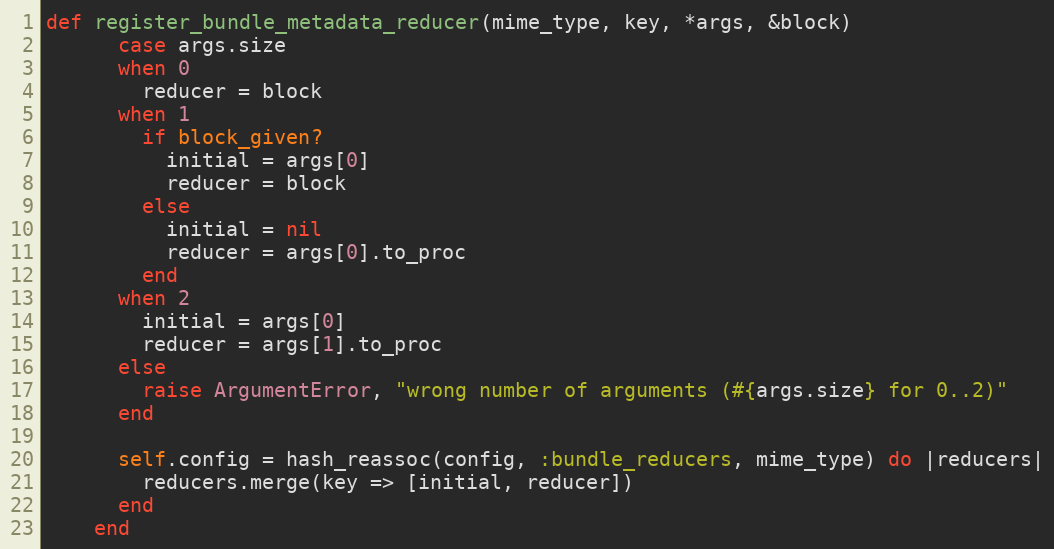
Language: Ruby
def register_bundle_metadata_reducer(mime_type, key, *args, &block)
      case args.size
      when 0
        reducer = block
      when 1
        if block_given?
          initial = args[0]
          reducer = block
        else
          initial = nil
          reducer = args[0].to_proc
        end
      when 2
        initial = args[0]
        reducer = args[1].to_proc
      else
        raise ArgumentError, "wrong number of arguments (#{args.size} for 0..2)"
      end

      self.config = hash_reassoc(config, :bundle_reducers, mime_type) do |reducers|
        reducers.merge(key => [initial, reducer])
      end
    end